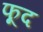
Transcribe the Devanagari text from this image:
फूद